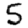
Digit: 5